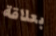
بعلاقة